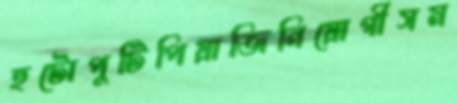
হুটোপুটিপিয়াজিনিয়োগীসম